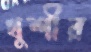
খুশীর